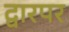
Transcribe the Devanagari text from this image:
द्वारपर